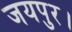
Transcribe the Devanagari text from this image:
जयपुर।